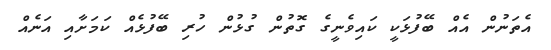
އެތަނުން އެއް ބޭފުޅަކީ ކައިވެނީގެ ގޮތުން ގުޅުން ހުރި ބޭފުޅެއް ކަމަށާއި އަނެއް